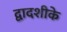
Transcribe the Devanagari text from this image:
द्वादशीके